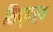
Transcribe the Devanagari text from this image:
सिद्यर्थ